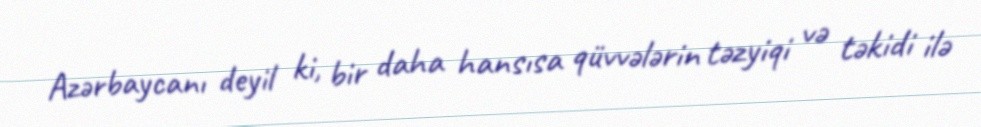
Azərbaycanı deyil ki, bir daha hansısa qüvvələrin təzyiqi və təkidi ilə